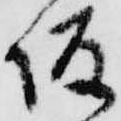
坂